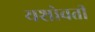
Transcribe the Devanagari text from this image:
यशोवती